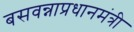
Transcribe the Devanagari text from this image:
बसवन्नाप्रधानमंत्री